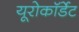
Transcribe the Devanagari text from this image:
यूरोकॉर्डेट